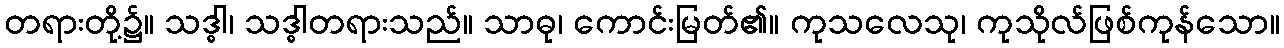
တရားတို့၌။ သဒ္ဓါ၊ သဒ္ဓါတရားသည်။ သာဓု၊ ကောင်းမြတ်၏။ ကုသလေသု၊ ကုသိုလ်ဖြစ်ကုန်သော။